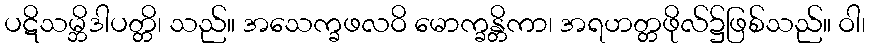
ပဋိသမ္ဘိဒါပတ္တိ၊ သည်။ အသေက္ခဖလဝိ မောက္ခန္တိကာ၊ အရဟတ္တဖိုလ်၌ဖြစ်သည်။ ဝါ၊